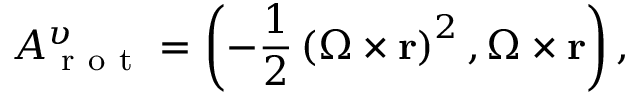
A _ { \mathrm { ~ r ~ o ~ t ~ } } ^ { \upsilon } = \left( - \frac { 1 } { 2 } \left( \boldsymbol { \Omega } \times \mathbf { r } \right) ^ { 2 } , \boldsymbol { \Omega } \times \mathbf { r } \right) ,